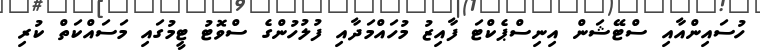
ހުސައިންއާއި ސްޓޭޝަން އިނިސްޕެކްޓަ ފާއިޒު މުހައްމަދާއި ފުލުހުންގެ ސްވޮޓު ޓީމުގައި މަސައްކަތް ކުރި